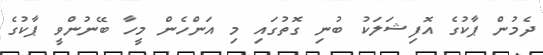
ދެމުން ޕާކުގެ އޮފިޝަލަކު ބުނި ގޮތުގައި މި އަންހެން މީހާ ބޭނުންވީ ޕާކުގެ